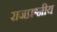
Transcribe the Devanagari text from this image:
राजप्रश्नीय